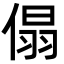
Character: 傝